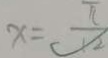
x = \frac { \pi } { 1 2 }